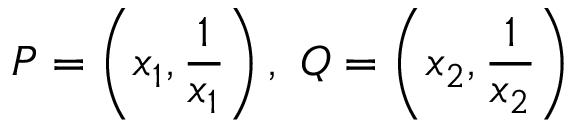
P = \left( x _ { 1 } , { \frac { 1 } { x _ { 1 } } } \right) , \ Q = \left( x _ { 2 } , { \frac { 1 } { x _ { 2 } } } \right)